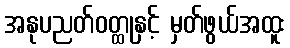
အနုပညတ်ဝတ္ထုနှင့် မှတ်ဖွယ်အထူး